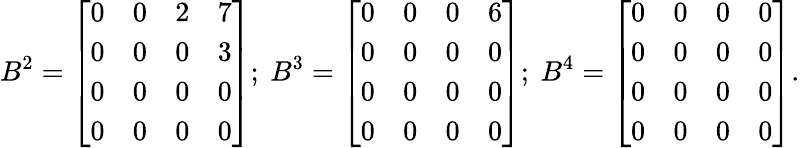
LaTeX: B^{2}={\left[\begin{array}{llll}{0}&{0}&{2}&{7}\\ {0}&{0}&{0}&{3}\\ {0}&{0}&{0}&{0}\\ {0}&{0}&{0}&{0}\end{array}\right]};\ B^{3}={\left[\begin{array}{llll}{0}&{0}&{0}&{6}\\ {0}&{0}&{0}&{0}\\ {0}&{0}&{0}&{0}\\ {0}&{0}&{0}&{0}\end{array}\right]};\ B^{4}={\left[\begin{array}{llll}{0}&{0}&{0}&{0}\\ {0}&{0}&{0}&{0}\\ {0}&{0}&{0}&{0}\\ {0}&{0}&{0}&{0}\end{array}\right]}.